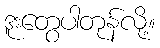
ဒူးတွေပါတုန်လို့။